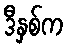
ဒီနှစ်က